French and German assistants in Scottish schools and training centres, 1912
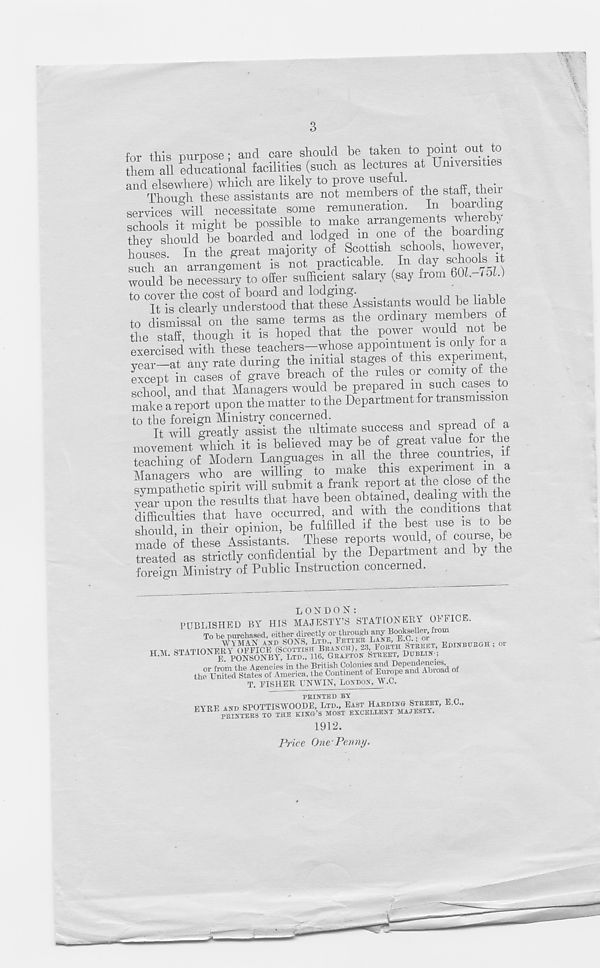
3
for this purpose; and care should be taken to point out to
them all educational facilities (such as lectures at Universities
and elsewhere) which are likely to prove "S** 11 -
h ;
Though these assistants are not members of the stall, then
services will necessitate some remuneration. In boarding
schools it might be possible to make arrangements whereby
they should be boarded and lodged m one of the boarding
houses. In the great majority of Scottish ^hools, however
such an arrangement is not practicable. In day schoolsmt
would be necessary to offer sufficient salary (say from 60L 5 .)
to cover the cost of board and lodging. _
VOWO
It is clearly understood that these Assistants would be liable
to dismissal on the same terms as the ordinary members o
the staff though it is hoped that the power would not be
exercised with these teachers—whose appointment is only for a
year—at any rate during the initial stages of this experiment,
except in cases of gravt breach of the rules or comity of the
school and that Managers would be prepared m such cases, to
make a report upon the matter to the Department for transmission
to the foreign Ministry concerned.
i p
It will greatly assist tlie ultimate success and spread of a
movement which it is believed may be of great value for the
teaching of Modern Languages m all the three countries, if
Managers who are willing to make this experiment m a
sympathetic spirit will submit a frank report at the close of t
vear upon the results that have been obtained, dealing with the
difficulties that have occurred, and with the conditions that
should in their opinion, be fulfilled if the best use is to be
made of these Assistants. These reports would, of course, be
treated as strictly confidential by the Department and by the
foreign Ministry of Public Instruction concerned.
PUBLISHED BY HIS MAJESTY'S STATIONERY OFFICE.
To be purchased, either directly or through any Bookseller, from
H.M.
*
T. (FISHER UNWIN, LONDON, W.C.
PRINTED BY
PYUE AND SPOTTISWOODE, LTD., EAST HARDINGI STREET, E.O.,
E
PRINTERS TO THE W’S MOST EXCELLENT MAJESTY.
Price One' Penny.